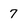
Character: 7